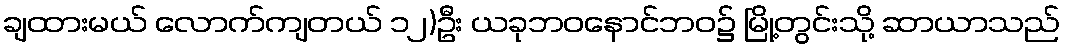
ချထားမယ် လောက်ကျတယ် ၁၂)ဦး ယခုဘဝနောင်ဘဝ၌ မြို့တွင်းသို့ ဆာယာသည်